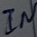
Text: IN